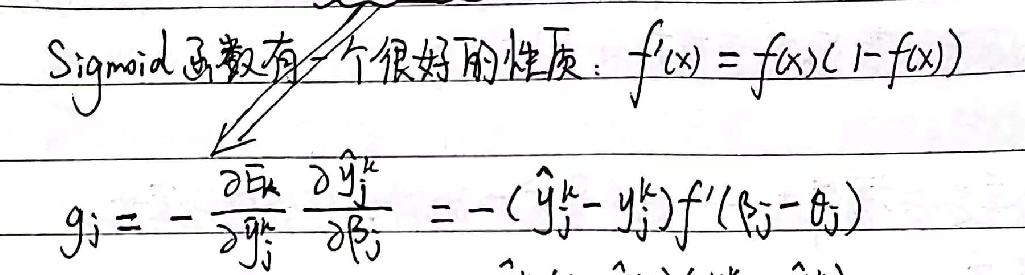
Sigmoid函数有一个很好的性质：$f'(x)=f(x)(1 - f(x))$
\[
g_j=-\frac{\partial E_k}{\partial y_j^k}\frac{\partial \hat{y}_j^k}{\partial \beta_{ij}}=-(\hat{y}_j^k - y_j^k)f'(\beta_{ij}-\theta_j)
\]